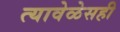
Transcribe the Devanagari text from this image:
त्यावेळेसही